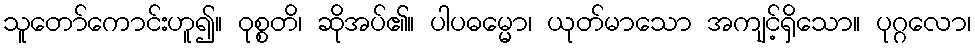
သူတော်ကောင်းဟူ၍။ ဝုစ္စတိ၊ ဆိုအပ်၏။ ပါပဓမ္မော၊ ယုတ်မာသော အကျင့်ရှိသော။ ပုဂ္ဂလော၊